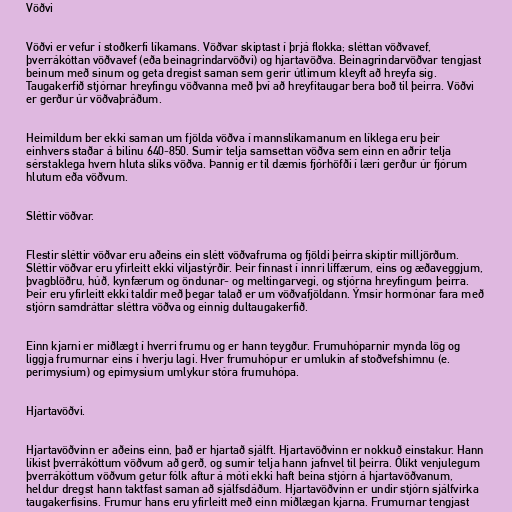
Vöðvi

Vöðvi er vefur í stoðkerfi líkamans. Vöðvar skiptast í þrjá flokka; sléttan vöðvavef,
þverrákóttan vöðvavef (eða beinagrindarvöðvi) og hjartavöðva. Beinagrindarvöðvar tengjast
beinum með sinum og geta dregist saman sem gerir útlimum kleyft að hreyfa sig.
Taugakerfið stjórnar hreyfingu vöðvanna með því að hreyfitaugar bera boð til þeirra. Vöðvi
er gerður úr vöðvaþráðum.

Heimildum ber ekki saman um fjölda vöðva í mannslíkamanum en líklega eru þeir
einhvers staðar á bilinu 640-850. Sumir telja samsettan vöðva sem einn en aðrir telja
sérstaklega hvern hluta slíks vöðva. Þannig er til dæmis fjórhöfði í læri gerður úr fjórum
hlutum eða vöðvum.

Sléttir vöðvar.

Flestir sléttir vöðvar eru aðeins ein slétt vöðvafruma og fjöldi þeirra skiptir milljörðum.
Sléttir vöðvar eru yfirleitt ekki viljastýrðir. Þeir finnast í innri líffærum, eins og æðaveggjum,
þvagblöðru, húð, kynfærum og öndunar- og meltingarvegi, og stjórna hreyfingum þeirra.
Þeir eru yfirleitt ekki taldir með þegar talað er um vöðvafjöldann. Ýmsir hormónar fara með
stjórn samdráttar sléttra vöðva og einnig dultaugakerfið.

Einn kjarni er miðlægt í hverri frumu og er hann teygður. Frumuhóparnir mynda lög og
liggja frumurnar eins í hverju lagi. Hver frumuhópur er umlukin af stoðvefshimnu (e.
perimysium) og epimysium umlykur stóra frumuhópa.

Hjartavöðvi.

Hjartavöðvinn er aðeins einn, það er hjartað sjálft. Hjartavöðvinn er nokkuð einstakur. Hann
líkist þverrákóttum vöðvum að gerð, og sumir telja hann jafnvel til þeirra. Ólíkt venjulegum
þverrákóttum vöðvum getur fólk aftur á móti ekki haft beina stjórn á hjartavöðvanum,
heldur dregst hann taktfast saman að sjálfsdáðum. Hjartavöðvinn er undir stjórn sjálfvirka
taugakerfisins. Frumur hans eru yfirleitt með einn miðlægan kjarna. Frumurnar tengjast